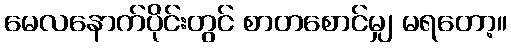
မေလနောက်ပိုင်းတွင် စာတစောင်မျှ မရတော့။